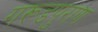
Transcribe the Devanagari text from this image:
गरूडपुराण